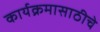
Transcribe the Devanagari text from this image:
कार्यक्रमासाठीचे